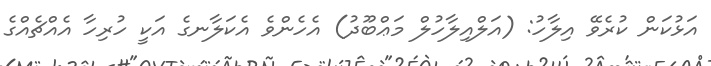
އަޅުކަން ކުރެވޭ އިލާހު: (އަލްއިލާހުލް މަޢްބޫދު) އެހެންވެ އެކަލާނގެ އަކީ ހުރިހާ އެއްޗެއްގެ